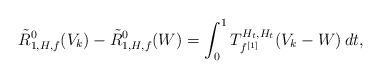
LaTeX: \begin{align*}\tilde R^0_{1,H,f}(V_k)-\tilde R^0_{1,H,f}(W)&=\int_0^1 T^{H_t,H_t}_{f^{[1]}}(V_k-W)\,dt,\end{align*}